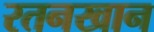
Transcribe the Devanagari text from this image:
रतनखान